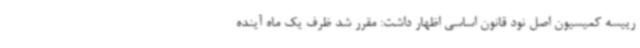
رییسه کمیسیون اصل نود قانون اساسی اظهار داشت: مقرر شد ظرف یک ماه آینده